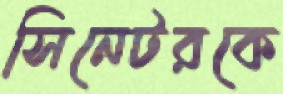
সিনেটরকে